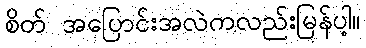
စိတ် အပြောင်းအလဲကလည်းမြန်ပါ့။